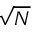
\sqrt { N }